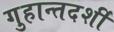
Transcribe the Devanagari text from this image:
गुहान्तदर्शी